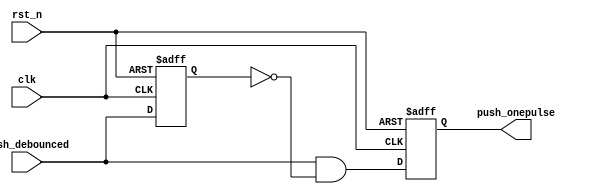
`timescale 1ns / 1ps
//////////////////////////////////////////////////////////////////////////////////
// Company: 
// Engineer: 
// 
// Design Name: 
// Module Name: one_pluse
// Project Name: 
// Target Devices: 
// Tool Versions: 
// Description: 
// 
// Dependencies: 
// 
// Revision:
// Revision 0.01 - File Created
// Additional Comments:
// 
//////////////////////////////////////////////////////////////////////////////////


module one_pulse(push_onepulse, clk, rst_n, push_debounced);
input clk, rst_n, push_debounced;
output push_onepulse;

reg push_onepulse;
reg push_onepulse_next;
reg push_debounced_delay;

always@*
    push_onepulse_next = push_debounced & ~push_debounced_delay;

always@(posedge clk or negedge rst_n)
    if(~rst_n) push_onepulse <= 1'b0;
    else push_onepulse <= push_onepulse_next;

always@(posedge clk or negedge rst_n)
    if(~rst_n) push_debounced_delay <= 1'b0;
    else push_debounced_delay <= push_debounced;

endmodule